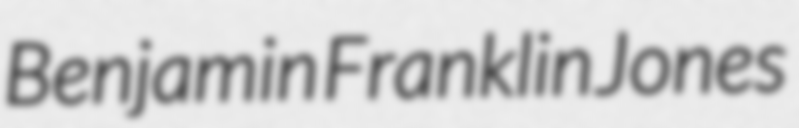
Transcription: Benjamin Franklin Jones